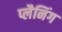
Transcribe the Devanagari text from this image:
प्लैनिंग